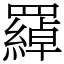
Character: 羄